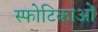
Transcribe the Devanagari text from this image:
स्फोटिकाओं